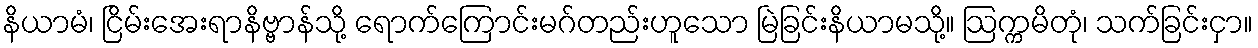
နိယာမံ၊ ငြိမ်းအေးရာနိဗ္ဗာန်သို့ ရောက်ကြောင်းမဂ်တည်းဟူသော မြဲခြင်းနိယာမသို့။ ဩက္ကမိတုံ၊ သက်ခြင်းငှာ။